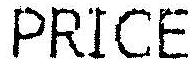
PRICE